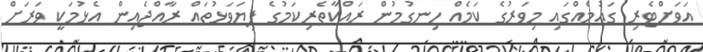
އަވަށްޓެރި ގައުމެއްގައި މިވަރުގެ ކަމެއް ހިނގުމުން ރައްކާތެރިކަމުގެ ފިޔަވަޅުތައް ރާއްޖެއިން އެޅުމަކީ ވަރަށް